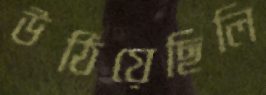
উঠিয়েছিলি